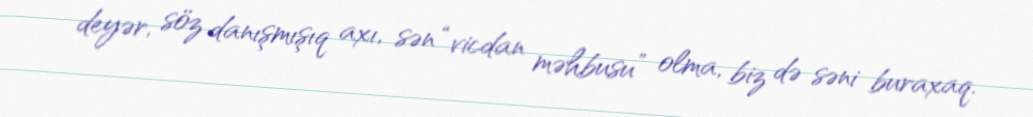
deyər, söz danışmışıq axı, sən “vicdan məhbusu” olma, biz də səni buraxaq.